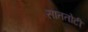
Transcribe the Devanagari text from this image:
साततोटी